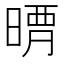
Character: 𣈺